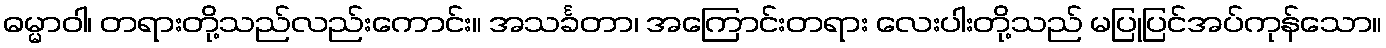
ဓမ္မာဝါ၊ တရားတို့သည်လည်းကောင်း။ အသင်္ခတာ၊ အကြောင်းတရား လေးပါးတို့သည် မပြုပြင်အပ်ကုန်သော။